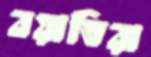
বয়াতিরা